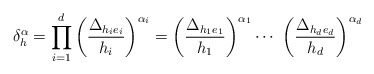
\begin{align*} \delta_h^{\alpha} = \prod_{i=1}^{d}\bigg( \frac{\Delta_{h_ie_{i}}}{h_i}\bigg)^{\alpha_i} = \bigg( \frac{\Delta_{h_1e_{1}}}{h_1}\bigg)^{\alpha_1}\dotsb\ \bigg( \frac{\Delta_{h_de_{d}}}{h_d}\bigg)^{\alpha_d}\end{align*}